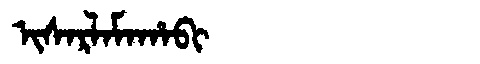
Manchu: ᡳᠰᠠᡵᠯᠠᠮᠠᡥᠠᠪᡳ
Romanization: ISARLAMAHABI